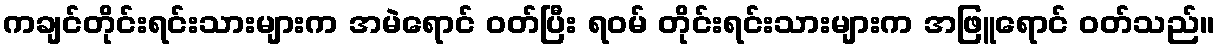
ကချင်တိုင်းရင်းသားများက အမဲရောင် ဝတ်ပြီး ရဝမ် တိုင်းရင်းသားများက အဖြူရောင် ဝတ်သည်။